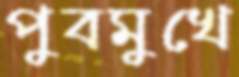
পুবমুখে